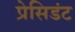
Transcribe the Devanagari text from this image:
प्रेसिडंट